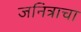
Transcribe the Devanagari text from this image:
जनित्राचा